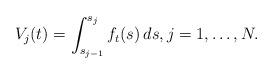
LaTeX: \begin{align*}V_j(t) = \int_{s_{j-1}}^{s_j} f_t(s)\, ds, j=1,\ldots,N. \end{align*}